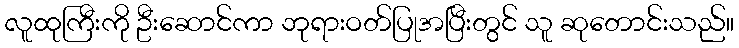
လူထုကြီးကို ဦးဆောင်ကာ ဘုရားဝတ်ပြုအပြီးတွင် သူ ဆုတောင်းသည်။